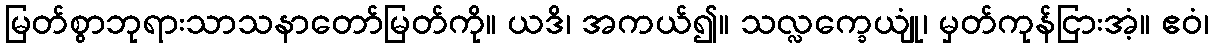
မြတ်စွာဘုရားသာသနာတော်မြတ်ကို။ ယဒိ၊ အကယ်၍။ သလ္လက္ခေယျုံ၊ မှတ်ကုန်ငြားအံ့။ ဧဝံ၊